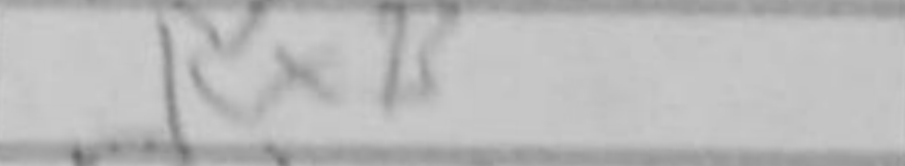
Transcription: RxB